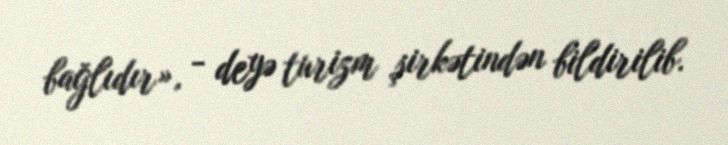
bağlıdır», - deyə turizm şirkətindən bildirilib.